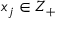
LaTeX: x _ { j } \in Z _ { + }